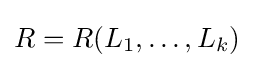
R=R(L_{1},\dots ,L_{k})